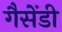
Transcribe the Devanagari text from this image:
गैसेंडी